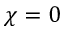
\chi = 0